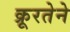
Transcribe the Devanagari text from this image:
क्रूरतेने